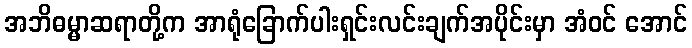
အဘိဓမ္မာဆရာတို့က အာရုံခြောက်ပါးရှင်းလင်းချက်အပိုင်းမှာ အံဝင် အောင်